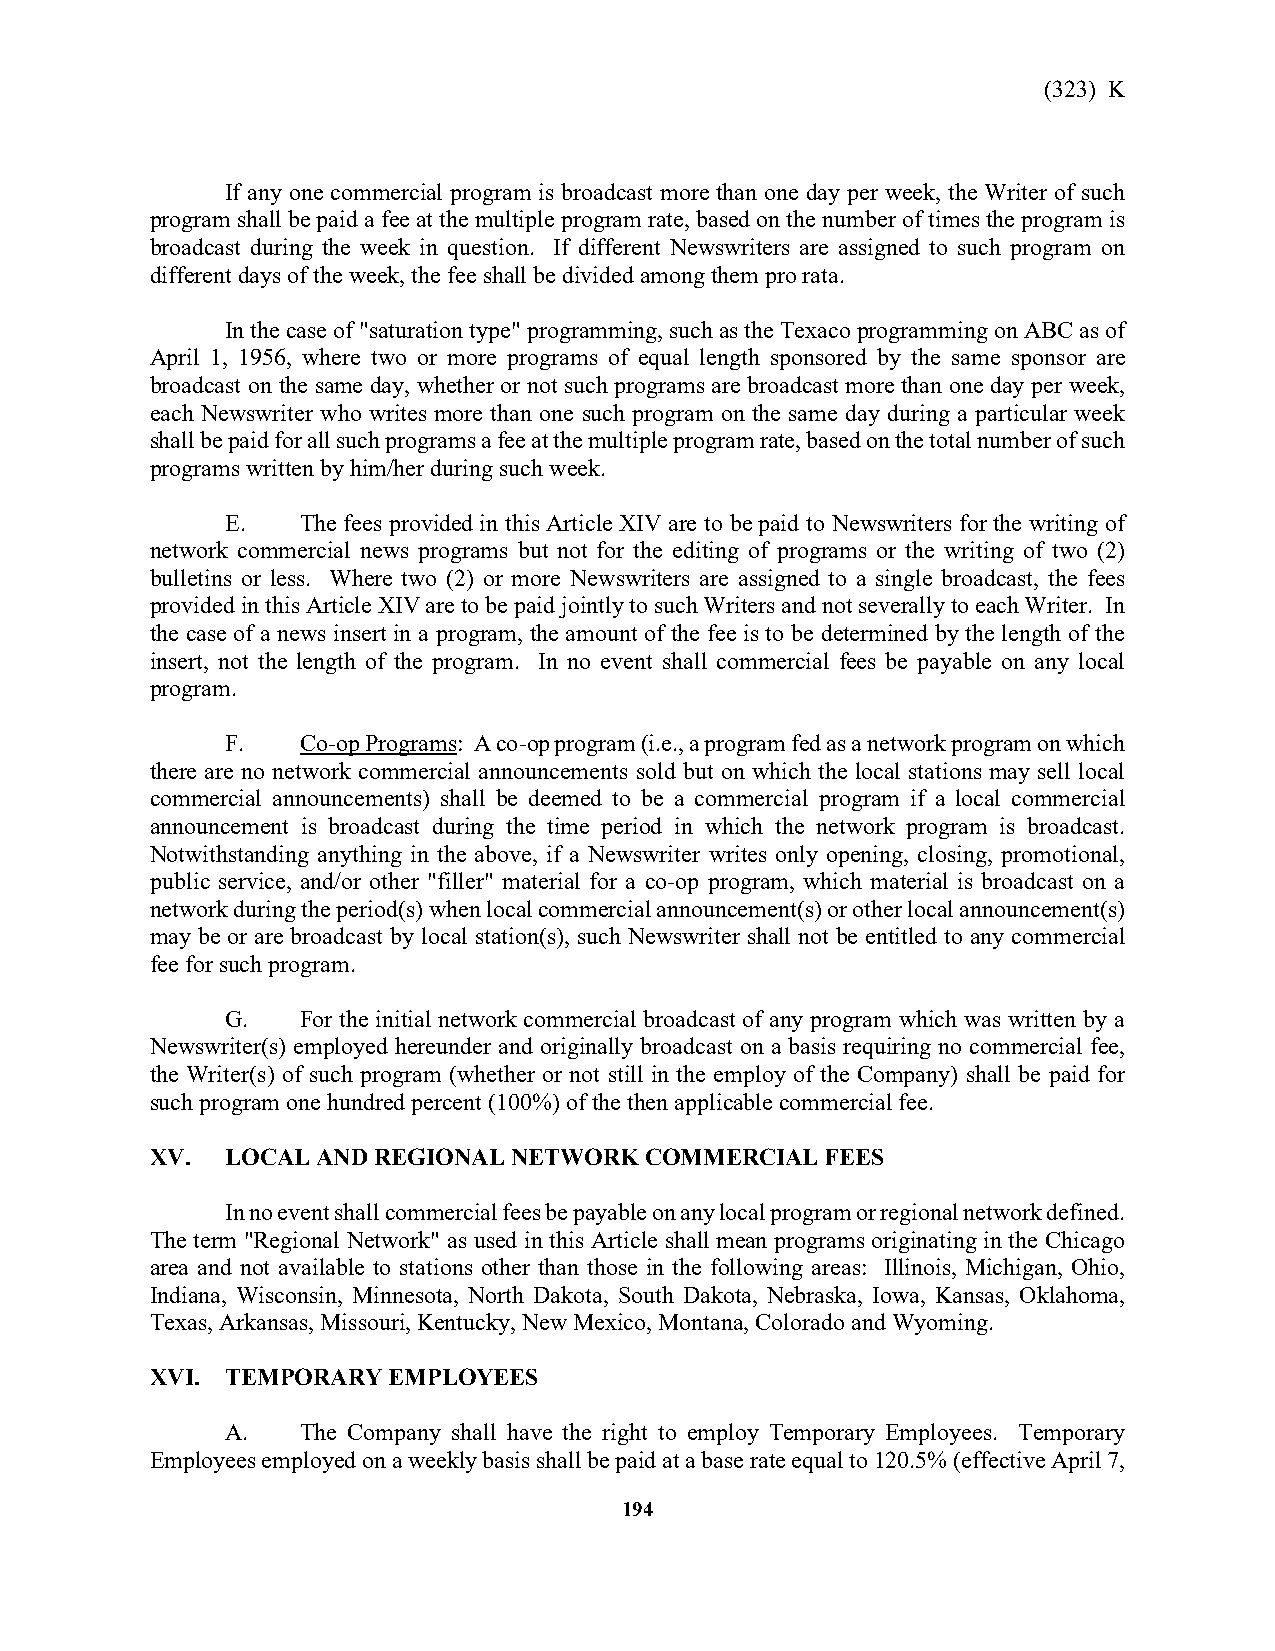
(323) K
 If any one commercial program is broadcast more than one day per week, the Writer of such
 program shall be paid a fee at the multiple program rate, based on the number of times the program is
 broadcast during the week in question. If different Newswriters are assigned to such program on
 different days of the week, the fee shall be divided among them pro rata.
 In the case of "saturation type" programming, such as the Texaco programming on ABC as of
 April 1, 1956, where two or more programs of equal length sponsored by the same sponsor are
 broadcast on the same day, whether or not such programs are broadcast more than one day per week,
 each Newswriter who writes more than one such program on the same day during a particular week
 shall be paid for all such programs a fee at the multiple program rate, based on the total number of such
 programs written by him/her during such week.
 E.   The fees provided in this Article XIV are to be paid to Newswriters for the writing of
 network commercial news programs but not for the editing of programs or the writing of two (2)
 bulletins or less. Where two (2) or more Newswriters are assigned to a single broadcast, the fees
 provided in this Article XIV are to be paid jointly to such Writers and not severally to each Writer. In
 the case of a news insert in a program, the amount of the fee is to be determined by the length of the
 insert, not the length of the program. In no event shall commercial fees be payable on any local
 program.
 F.   Co-op Programs: A co-op program (i.e., a program fed as a network program on which
 there are no network commercial announcements sold but on which the local stations may sell local
 commercial announcements) shall be deemed to be a commercial program if a local commercial
 announcement is broadcast during the time period in which the network program is broadcast.
 Notwithstanding anything in the above, if a Newswriter writes only opening, closing, promotional,
 public service, and/or other "filler" material for a co-op program, which material is broadcast on a
 network during the period(s) when local commercial announcement(s) or other local announcement(s)
 may be or are broadcast by local station(s), such Newswriter shall not be entitled to any commercial
 fee for such program.
 G.   For the initial network commercial broadcast of any program which was written by a
 Newswriter(s) employed hereunder and originally broadcast on a basis requiring no commercial fee,
 the Writer(s) of such program (whether or not still in the employ of the Company) shall be paid for
 such program one hundred percent (100%) of the then applicable commercial fee.
 XV.  LOCAL AND REGIONAL NETWORK  COMMERCIAL  FEES
 In no event shall commercial fees be payable on any local program or regional network defined.
 The term "Regional Network" as used in this Article shall mean programs originating in the Chicago
 area and not available to stations other than those in the following areas: Illinois, Michigan, Ohio,
 Indiana, Wisconsin, Minnesota, North Dakota, South Dakota, Nebraska, Iowa, Kansas, Oklahoma,
 Texas, Arkansas, Missouri, Kentucky, New Mexico, Montana, Colorado and Wyoming.
 XVI. TEMPORARY  EMPLOYEES
 A.   The Company shall have the right to employ Temporary Employees. Temporary
 Employees employed on a weekly basis shall be paid at a base rate equal to 120.5% (effective April 7,
 194